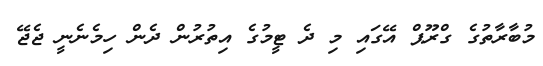
މުބާރާތުގެ ގްރޫޕް އޭގައި މި ދެ ޓީމުގެ އިތުރުން ދެން ހިމެނެނީ ޖެޖޭ